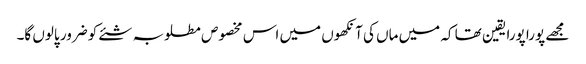
مجھے پورا پورا یقین تھا کہ میں ماں کی آنکھوں میں اس مخصوص مطلوبہ شئے کو ضرور پالوں گا۔